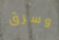
وسرق